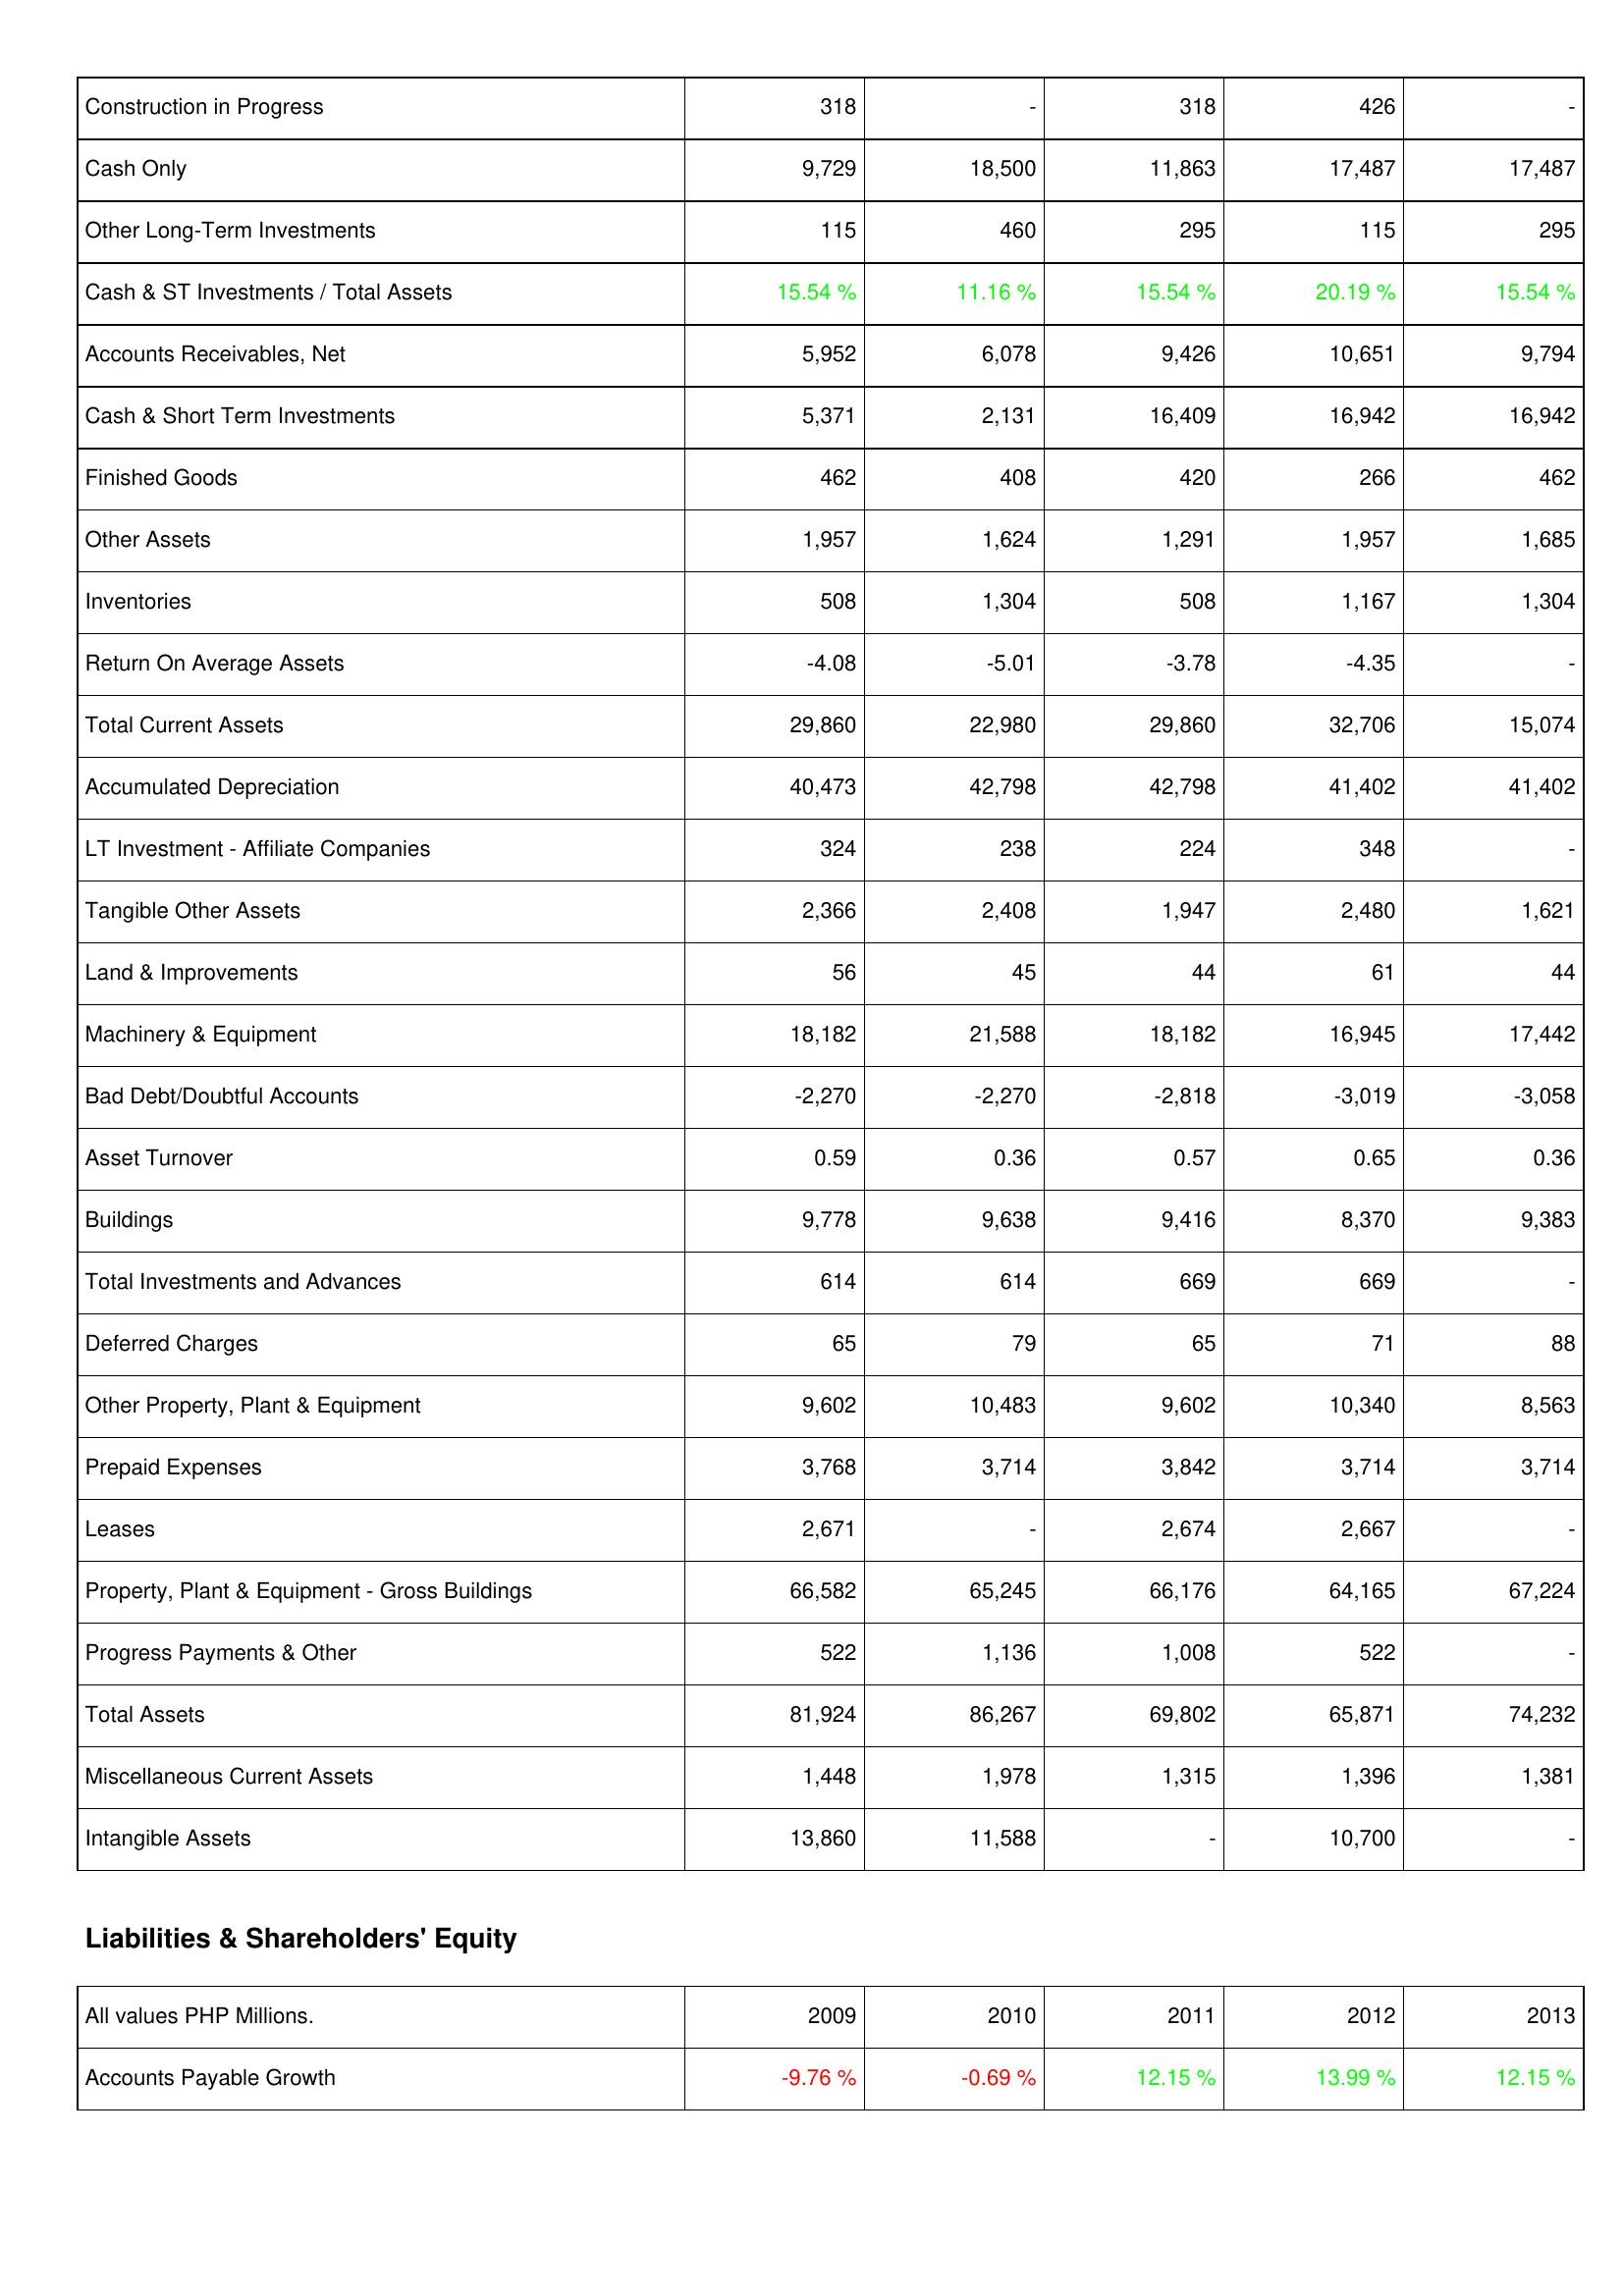
2009: Assets: Construction in Progress: 318
Cash Only: 9,729
Other Long-Term Investments: 115
Cash & ST Investments / Total Assets: 15.54 %
Accounts Receivables, Net: 5,952
Cash & Short Term Investments: 5,371
Finished Goods: 462
Other Assets: 1,957
Inventories: 508
Return On Average Assets: -4.08
Total Current Assets: 29,860
Accumulated Depreciation: 40,473
LT Investment - Affiliate Companies: 324
Tangible Other Assets: 2,366
Land & Improvements: 56
Machinery & Equipment: 18,182
Bad Debt/Doubtful Accounts: -2,270
Asset Turnover: 0.59
Buildings: 9,778
Total Investments and Advances: 614
Deferred Charges: 65
Other Property, Plant & Equipment: 9,602
Prepaid Expenses: 3,768
Leases: 2,671
Property, Plant & Equipment - Gross Buildings: 66,582
Progress Payments & Other: 522
Total Assets: 81,924
Miscellaneous Current Assets: 1,448
Intangible Assets: 13,860
Liabilities & Shareholders' Equity: Accounts Payable Growth: -9.76 %
2010: Assets: Construction in Progress: -
Cash Only: 18,500
Other Long-Term Investments: 460
Cash & ST Investments / Total Assets: 11.16 %
Accounts Receivables, Net: 6,078
Cash & Short Term Investments: 2,131
Finished Goods: 408
Other Assets: 1,624
Inventories: 1,304
Return On Average Assets: -5.01
Total Current Assets: 22,980
Accumulated Depreciation: 42,798
LT Investment - Affiliate Companies: 238
Tangible Other Assets: 2,408
Land & Improvements: 45
Machinery & Equipment: 21,588
Bad Debt/Doubtful Accounts: -2,270
Asset Turnover: 0.36
Buildings: 9,638
Total Investments and Advances: 614
Deferred Charges: 79
Other Property, Plant & Equipment: 10,483
Prepaid Expenses: 3,714
Leases: -
Property, Plant & Equipment - Gross Buildings: 65,245
Progress Payments & Other: 1,136
Total Assets: 86,267
Miscellaneous Current Assets: 1,978
Intangible Assets: 11,588
Liabilities & Shareholders' Equity: Accounts Payable Growth: -0.69 %
2011: Assets: Construction in Progress: 318
Cash Only: 11,863
Other Long-Term Investments: 295
Cash & ST Investments / Total Assets: 15.54 %
Accounts Receivables, Net: 9,426
Cash & Short Term Investments: 16,409
Finished Goods: 420
Other Assets: 1,291
Inventories: 508
Return On Average Assets: -3.78
Total Current Assets: 29,860
Accumulated Depreciation: 42,798
LT Investment - Affiliate Companies: 224
Tangible Other Assets: 1,947
Land & Improvements: 44
Machinery & Equipment: 18,182
Bad Debt/Doubtful Accounts: -2,818
Asset Turnover: 0.57
Buildings: 9,416
Total Investments and Advances: 669
Deferred Charges: 65
Other Property, Plant & Equipment: 9,602
Prepaid Expenses: 3,842
Leases: 2,674
Property, Plant & Equipment - Gross Buildings: 66,176
Progress Payments & Other: 1,008
Total Assets: 69,802
Miscellaneous Current Assets: 1,315
Intangible Assets: -
Liabilities & Shareholders' Equity: Accounts Payable Growth: 12.15 %
2012: Assets: Construction in Progress: 426
Cash Only: 17,487
Other Long-Term Investments: 115
Cash & ST Investments / Total Assets: 20.19 %
Accounts Receivables, Net: 10,651
Cash & Short Term Investments: 16,942
Finished Goods: 266
Other Assets: 1,957
Inventories: 1,167
Return On Average Assets: -4.35
Total Current Assets: 32,706
Accumulated Depreciation: 41,402
LT Investment - Affiliate Companies: 348
Tangible Other Assets: 2,480
Land & Improvements: 61
Machinery & Equipment: 16,945
Bad Debt/Doubtful Accounts: -3,019
Asset Turnover: 0.65
Buildings: 8,370
Total Investments and Advances: 669
Deferred Charges: 71
Other Property, Plant & Equipment: 10,340
Prepaid Expenses: 3,714
Leases: 2,667
Property, Plant & Equipment - Gross Buildings: 64,165
Progress Payments & Other: 522
Total Assets: 65,871
Miscellaneous Current Assets: 1,396
Intangible Assets: 10,700
Liabilities & Shareholders' Equity: Accounts Payable Growth: 13.99 %
2013: Assets: Construction in Progress: -
Cash Only: 17,487
Other Long-Term Investments: 295
Cash & ST Investments / Total Assets: 15.54 %
Accounts Receivables, Net: 9,794
Cash & Short Term Investments: 16,942
Finished Goods: 462
Other Assets: 1,685
Inventories: 1,304
Return On Average Assets: -
Total Current Assets: 15,074
Accumulated Depreciation: 41,402
LT Investment - Affiliate Companies: -
Tangible Other Assets: 1,621
Land & Improvements: 44
Machinery & Equipment: 17,442
Bad Debt/Doubtful Accounts: -3,058
Asset Turnover: 0.36
Buildings: 9,383
Total Investments and Advances: -
Deferred Charges: 88
Other Property, Plant & Equipment: 8,563
Prepaid Expenses: 3,714
Leases: -
Property, Plant & Equipment - Gross Buildings: 67,224
Progress Payments & Other: -
Total Assets: 74,232
Miscellaneous Current Assets: 1,381
Intangible Assets: -
Liabilities & Shareholders' Equity: Accounts Payable Growth: 12.15 %